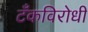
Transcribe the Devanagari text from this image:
टँकविरोधी